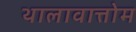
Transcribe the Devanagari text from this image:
थालावात्तोम